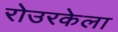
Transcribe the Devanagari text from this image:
रोउरकेला